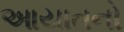
આયાતનો